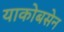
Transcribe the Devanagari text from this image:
याकोबसेन